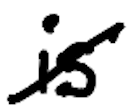
Text: is
Cross-out: diagonal
Writing tool: digital_black